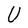
Character: U